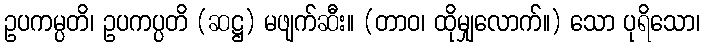
ဥပကမ္ပတိ၊ ဥပကပ္ပတိ (ဆဋ္ဌ) မဖျက်ဆီး။ (တာဝ၊ ထိုမျှလောက်။) သော ပုရိသော၊